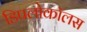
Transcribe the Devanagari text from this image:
डिपलोकॉलस